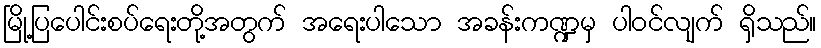
မြို့ပြပေါင်းစပ်ရေးတို့အတွက် အရေးပါသော အခန်းကဏ္ဍမှ ပါဝင်လျက် ရှိသည်။